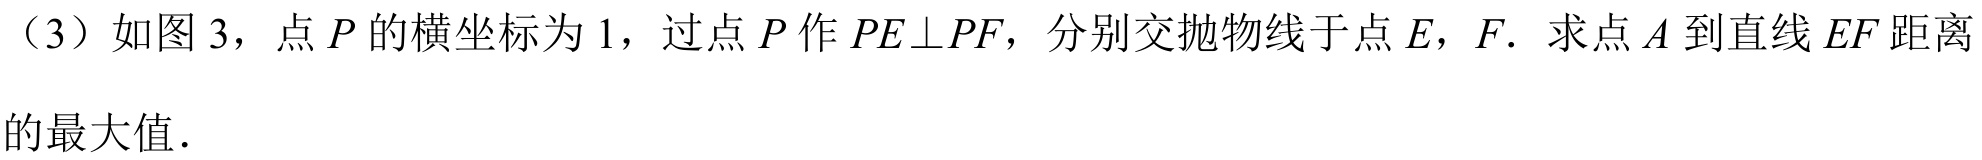
（3）如图 3，点 \(P\) 的横坐标为 \(1\)，过点 \(P\) 作 \(PE\perp PF\)，分别交抛物线于点 \(E\)，\(F\)．求点 \(A\) 到直线 \(EF\) 距离的最大值．